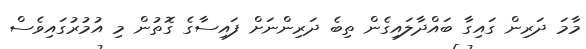
މާމަ ދަރިން ގައިގާ ބައްދާލައިގެން ތިބެ ދަރިންނަށް ފައިސާގެ ގޮތުން މި އުމުރުގައިވެސް